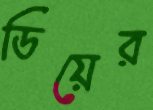
ডিয়ের